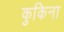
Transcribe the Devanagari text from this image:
कुकिना